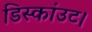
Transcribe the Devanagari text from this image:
डिस्कांउट।